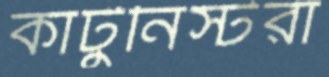
কার্টুনিস্টরা